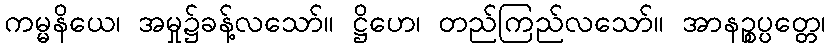
ကမ္မနိယေ၊ အမှု၌ခန့်လသော်။ ဋ္ဌိဟေ၊ တည်ကြည်လသော်။ အာနဉ္စပ္ပတ္တေ၊